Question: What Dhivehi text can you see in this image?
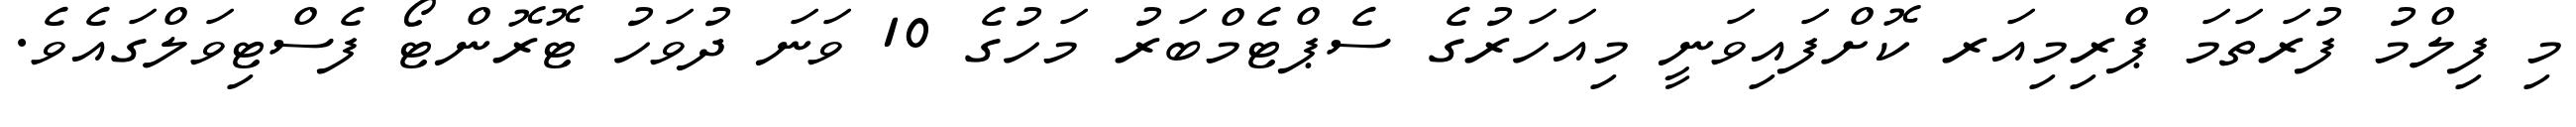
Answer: މި ފިލްމު ފުރަތަމަ ޕްރިމިއަރ ކޮށްފައިވަނީ މިއަހަރުގެ ސެޕްޓެމްބަރު މަހުގެ 10 ވަނަ ދުވަހު ޓޮރޮންޓޯ ފެސްޓިވަލްގައެވެ.